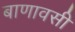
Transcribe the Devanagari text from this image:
बाणावसी